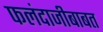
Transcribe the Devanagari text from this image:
फलंदाजीबाबत